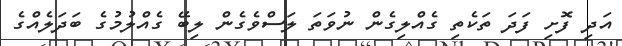
އަދި ފޮށި ފަދަ ތަކެތި ގެއްލިގެން ނުވަތަ ލަސްވެގެން ލިބޭ ގެއްލުމުގެ ބަދަލެއްގެ